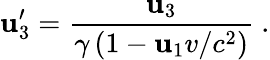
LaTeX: \mathbf{u}_{3}^{\prime}={\frac{{\mathbf{u}_{3}}}{{\gamma\left(1-\mathbf{u}_{1}v/c^{2}\right)}}}\ .